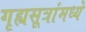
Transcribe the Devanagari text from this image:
गृह्यसूत्रांमध्ये